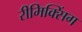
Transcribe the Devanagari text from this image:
रीमिक्सिंग